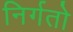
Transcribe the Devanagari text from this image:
निर्गतो